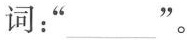
词：”___”。